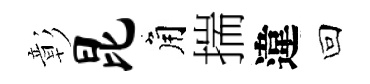
彰昆角揣違回